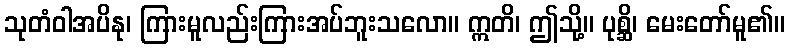
သုတံဝါအပိနု၊ ကြားမူလည်းကြားအပ်ဘူးသလော။ ဣတိ၊ ဤသို့။ ပုစ္ဆိ၊ မေးတော်မူ၏။